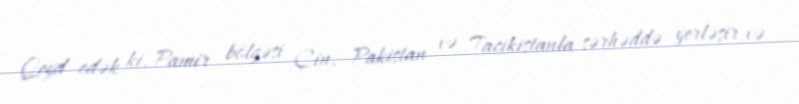
Qeyd edək ki, Pamir bölgəsi Çin, Pakistan və Tacikistanla sərhəddə yerləşir və